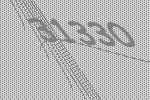
31330